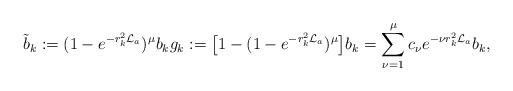
LaTeX: \begin{align*}\tilde b_k:=(1-e^{-r_k^2\mathcal L_a})^\mu b_k g_k:=\bigl[1-(1-e^{-r_k^2\mathcal L_a})^\mu\bigr] b_k= \sum_{\nu=1}^\mu c_\nu e^{-\nu r_k^2\mathcal L_a} b_k,\end{align*}